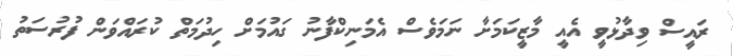
ރައީސް ވިދާޅުވީ އެއީ މާޒީކަމަށާ ނަމަވެސް އެމަނިކްފާނު ގައުމަށް ހިދުމަތް ކުރައްވަން ފުރުސަތު